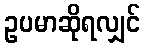
ဥပမာဆိုရလျှင်